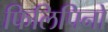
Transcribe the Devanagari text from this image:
फिलिपिनों